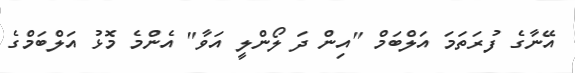
އޭނާގެ ފުރަތަމަ އަލްބަމް "އިން ދަ ލޯންލީ އަވާ" އެންމެ މޮޅު އަލްބަމްގެ